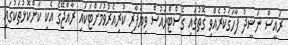
ރައީސް ނަޝީދު ފާހަގަކުރެއްވި ގޮތުގައި ގެސްޓްހައުސް ވިޔަފާރި ކުރިއެރުވުމަށްޓަކައި ރާއްޖޭގެ އެކި ކަންކޮޅުތަކުގައި